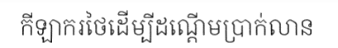
កីឡាករថៃដើម្បីដណ្តើមប្រាក់លាន